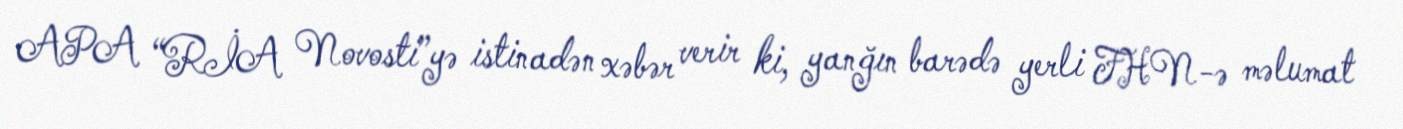
APA “RİA Novosti”yə istinadən xəbər verir ki, yanğın barədə yerli FHN-ə məlumat